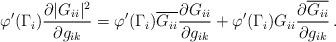
LaTeX: \begin{align*}\varphi'(\Gamma_i)\frac{\partial |G_{ii}|^2}{\partial g_{ik}}= \varphi'(\Gamma_i)\overline{G_{ii}} \frac{\partial G_{ii}}{\partial g_{ik}}+ \varphi'(\Gamma_i) G_{ii}\frac{\partial \overline{G_{ii}}}{\partial g_{ik}}\,.\end{align*}